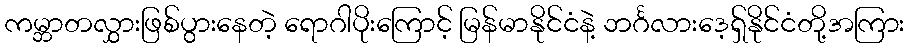
ကမ္ဘာတလွှားဖြစ်ပွားနေတဲ့ ရောဂါပိုးကြောင့် မြန်မာနိုင်ငံနဲ့ ဘင်္ဂလားဒေ့ရှ်နိုင်ငံတို့အကြား